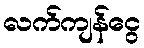
လက်ကျန်ငွေ